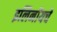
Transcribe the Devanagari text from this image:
इलिनॉयचे